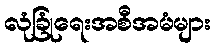
လုံခြုံရေးအစီအမံများ